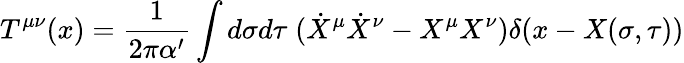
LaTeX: T^{\mu\nu}(x)=\frac{1}{2\pi\alpha^{\prime}}\int d\sigma d\tau\; (\dot{X}^{\mu}\dot{X}^{\nu}-X^{\mu}X^{\nu})\delta(x-X(\sigma,\tau))